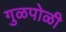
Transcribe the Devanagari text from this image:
गुळपोळी